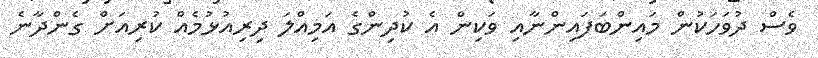
ވެސް ދުވަހަކުން މައިންބަފައިންނާއި ވަކިން އެ ކުދިންގެ އަމިއްލަ ދިރިއުޅުމެއް ކުރިއަށް ގެންދާނެ